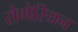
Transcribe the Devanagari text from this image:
रोगेरियन